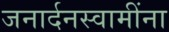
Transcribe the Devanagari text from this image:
जनार्दनस्वामींना